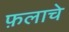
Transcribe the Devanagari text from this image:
फ़लाचे